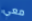
معي